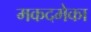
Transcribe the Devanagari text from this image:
मकदमेका